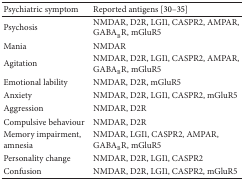
<table><thead><tr><td><b>Psychiatric symptom</b></td><td><b>Reported antigens [30–35]</b></td></tr></thead><tbody><tr><td>Psychosis</td><td>NMDAR, D2R, LGI1, CASPR2, AMPAR, GABA<sub>B</sub>R, mGluR5</td></tr><tr><td>Mania</td><td>NMDAR</td></tr><tr><td>Agitation</td><td>NMDAR, D2R, LGI1, CASPR2, AMPAR, GABA<sub>B</sub>R, mGluR5</td></tr><tr><td>Emotional lability</td><td>NMDAR, D2R, mGluR5</td></tr><tr><td>Anxiety</td><td>NMDAR, D2R, LGI1, CASPR2, mGluR5</td></tr><tr><td>Aggression</td><td>NMDAR, D2R</td></tr><tr><td>Compulsive behaviour</td><td>NMDAR, D2R</td></tr><tr><td>Memory impairment, amnesia</td><td>NMDAR, LGI1, CASPR2, AMPAR, GABA<sub>B</sub>R, mGluR5</td></tr><tr><td>Personality change</td><td>NMDAR, D2R, LGI1, CASPR2</td></tr><tr><td>Confusion</td><td>NMDAR, D2R, LGI1, CASPR2, mGluR5</td></tr></tbody></table>